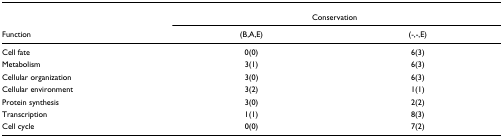
<table><thead><tr><td></td><td colspan="2"><b>Conservation</b></td></tr><tr><td><b>Function</b></td><td><b>(B,A,E)</b></td><td><b>(-,-,E)</b></td></tr></thead><tbody><tr><td>Cell fate</td><td>0(0)</td><td>6(3)</td></tr><tr><td>Metabolism</td><td>3(1)</td><td>6(3)</td></tr><tr><td>Cellular organization</td><td>3(0)</td><td>6(3)</td></tr><tr><td>Cellular environment</td><td>3(2)</td><td>1(1)</td></tr><tr><td>Protein synthesis</td><td>3(0)</td><td>2(2)</td></tr><tr><td>Transcription</td><td>1(1)</td><td>8(3)</td></tr><tr><td>Cell cycle</td><td>0(0)</td><td>7(2)</td></tr></tbody></table>